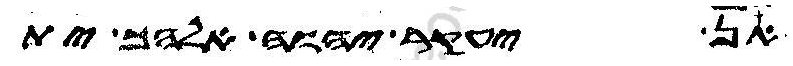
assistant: אן יעקר יהוה אלהך ית